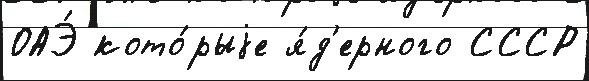
ОАЭ́ кото́рыjе я́д'ерного СССР